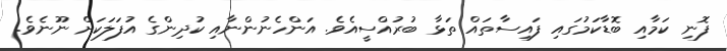
ފޮނި ކަމާއި ބޮޑާކަމުގައި ފައިސާތައް ތަޅާ ބުރުއްސީއެވެ. އަންހެނުންނާއި ކުދިންގެ އުފަލަކަށް ނޫނެވެ.